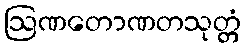
ဩဏတောဏတသုတ္တံ